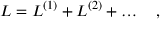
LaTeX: { \cal L } = { \cal L } ^ { ( 1 ) } + { \cal L } ^ { ( 2 ) } + \dots \ \ \ ,